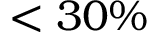
\textless 3 0 \%